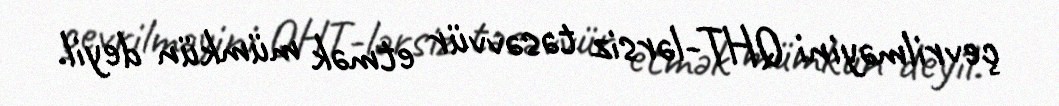
çevrilməyini QHT-lərsiz təsəvvür etmək mümkün deyil.